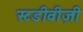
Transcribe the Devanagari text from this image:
स्टडीवीज़ी